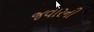
જવારની